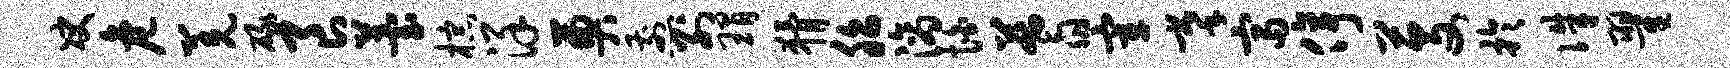
决危羌碌良苔棕详奠煎别瑁猾胎滴怕蓍宰摹富停芟于侏翟